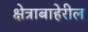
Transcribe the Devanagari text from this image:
क्षेत्राबाहेरील